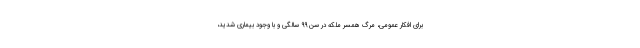
برای افکار عمومی، مرگ همسر ملکه در سن 99 سالگی و با وجود بیماری شدید،